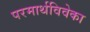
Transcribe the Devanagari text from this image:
परमार्थविवेका